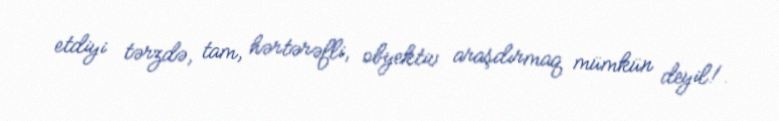
etdiyi tərzdə, tam, hərtərəfli, obyektiv araşdırmaq mümkün deyil!.